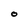
Character: O